Calcutta medical institutions reports 1892-1900
Year: 1892
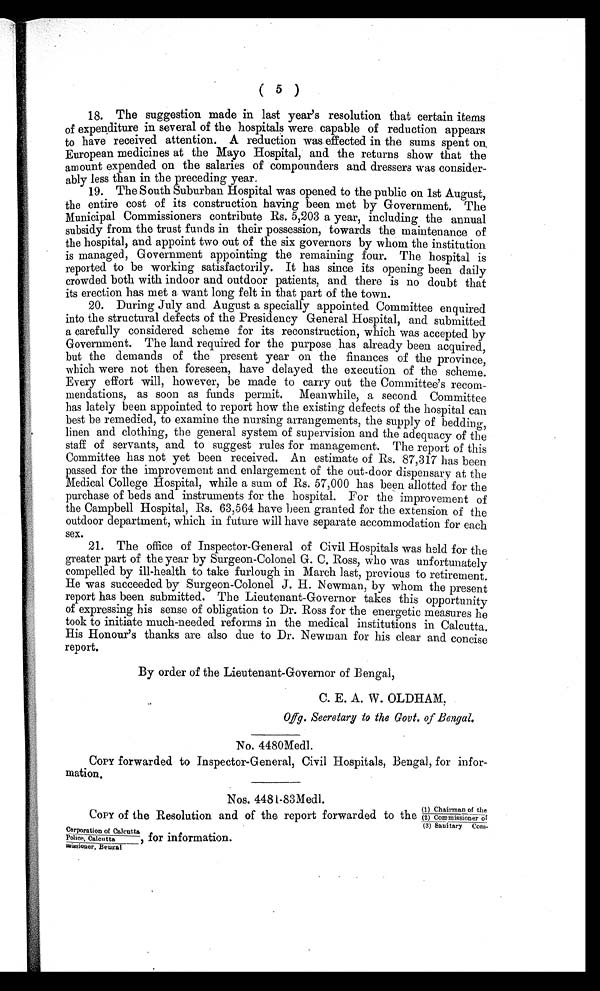
( 5 )
18. The suggestion made in last year’s resolution that certain items
of expenditure in several of the hospitals were capable of reduction appears
to have received attention. A reduction was effected in the sums spent on
European medicines at the Mayo Hospital, and the returns show that the
amount expended on the salaries of compounders and dressers was consider
-ably less than in the preceding year.
19. The South Suburban Hospital was opened to the public on 1st August,
the entire cost of its construction having been met by Government. The
Municipal Commissioners contribute Rs. 5,203 a year, including the annual
subsidy from the trust funds in their possession, towards the maintenance of
the hospital, and appoint two out of the six governors by whom the institution
is managed, Government appointing the remaining four. The hospital is
reported to be working satisfactorily. It has since its opening been daily
crowded both with indoor and outdoor patients, and there is no doubt that
its erection has met a want long felt in that part of the town.
20. During July and August a specially appointed Committee enquired
into the structural defects of the Presidency General Hospital, and submitted
a carefully considered scheme for its reconstruction, which was accepted by
Government. The land required for the purpose has already been acquired,
but the demands of the present year on the finances of the province,
which were not then foreseen, have delayed the execution of the scheme.
Every effort will, however, be made to carry out the Committee’s recom
- m e n d a t i o n s , a s s o o n a s f u n d s p e r m i t . M e a n w h i l e , a s e c o n d C o m m i t t e e
has lately been appointed to report how the existing defects of the hospital can
best be remedied, to examine the nursing arrangements, the supply of bedding,
linen and clothing, the general system of supervision and the adequacy of the
staff of servants, and to suggest rules for management. The report of this
Committee has not yet been received. An estimate of Rs. 87,317 has been
passed for the improvement and enlargement of the out-door dispensary at the
Medical College Hospital, while a sum of Rs. 57,000 has been allotted for the
purchase of beds and instruments for the hospital. For the improvement of
the Campbell Hospital, Rs. 63,564 have been granted for the extension of the
outdoor department, which in future will have separate accommodation for each
sex.
21. The office of Inspector-General of Civil Hospitals was held for the
greater part of the year by Surgeon-Colonel G. C. Ross, who was unfortunately
compelled by ill-health to take furlough in March last, previous to retirement.
He was succeeded by Surgeon-Colonel J. H. Newman, by whom the present
report has been submitted. The Lieutenant-Governor takes this opportunity
of expressing his sense of obligation to Dr. Ross for the energetic measures he
took to initiate much-needed reforms in the medical institutions in Calcutta.
His Honour’s thanks are also due to Dr. Newman for his clear and concise
report.
By order of the Lieutenant-Governor of Bengal,
C. E. A. W. OLDHAM,
Ofg. Secretary to the Govt. of Bengal.
No. 4480Medl.
COPY forwarded to Inspector-General, Civil Hospitals, Bengal, for infor-
mation.
Nos. 4481-83Medl.
COPY of the Resolution and of the report forwarded to the
(1) Chairman_ of the
(2) Commissioner of
(3) Sanitary Cor
m-
Corporation of Calcutta
Police, Calcutta
missioner, Beugal
for information.